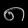
Digit: ၈